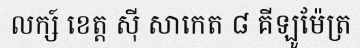
លក្ស៍ ខេត្ត ស៊ី សាកេត ៨ គីឡូម៉ែត្រ